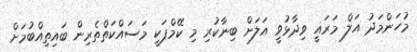
މުހަންމަދު އަލް މަރަޣީ ވިދާޅުވީ އަލަށް ބިނާކުރި މި ކޭމްޕަކީ މަސައްކަތްތެރިން ބައިތިއްބުމަށް